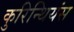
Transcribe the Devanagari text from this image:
कुरिन्थियंस